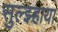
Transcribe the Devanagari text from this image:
सुल्झ्हाया